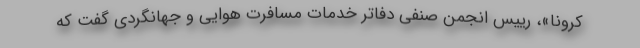
کرونا»، رییس انجمن صنفی دفاتر خدمات مسافرت هوایی و جهانگردی گفت که